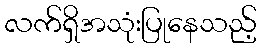
လက်ရှိအသုံးပြုနေသည့်